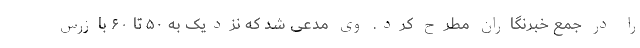
را در جمع خبرنگاران مطرح کرد. وی مدعی شد که نزدیک به ۵۰ تا ۶۰ بازرس